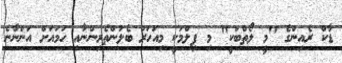
ޑާކް ރެއިންގެ "މީ ލޯތްބަކީ" މި ފިލްމަކީ މިއަހަރު ބެލުންތެރިންނާއި ހަމައަށް އަންނާނެ